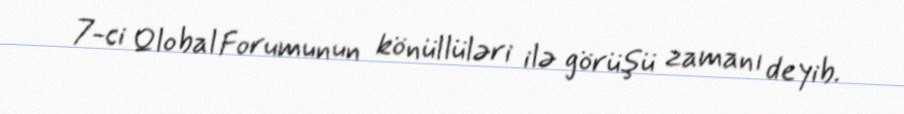
7-ci Qlobal Forumunun könüllüləri ilə görüşü zamanı deyib.